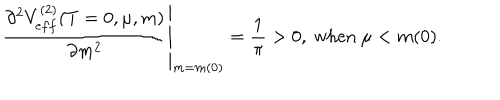
LaTeX: \left. \frac { \partial ^ { 2 } V _ { e f f } ^ { ( 2 ) } ( T = 0 , \mu , m ) } { \partial m ^ { 2 } } \right| _ { m = m ( 0 ) } = \frac { 1 } { \pi } > 0 , \ \mathrm { w h e n } \ \mu < m ( 0 ) .